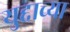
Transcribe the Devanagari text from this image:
युद्दाच्या